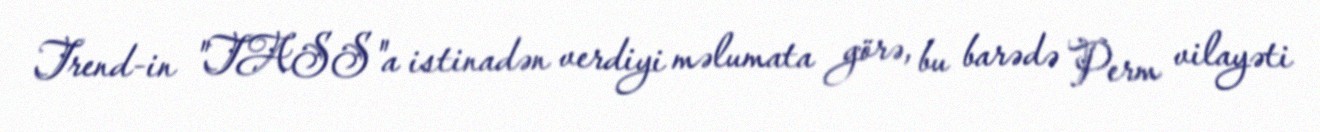
Trend-in "TASS"a istinadən verdiyi məlumata görə, bu barədə Perm vilayəti